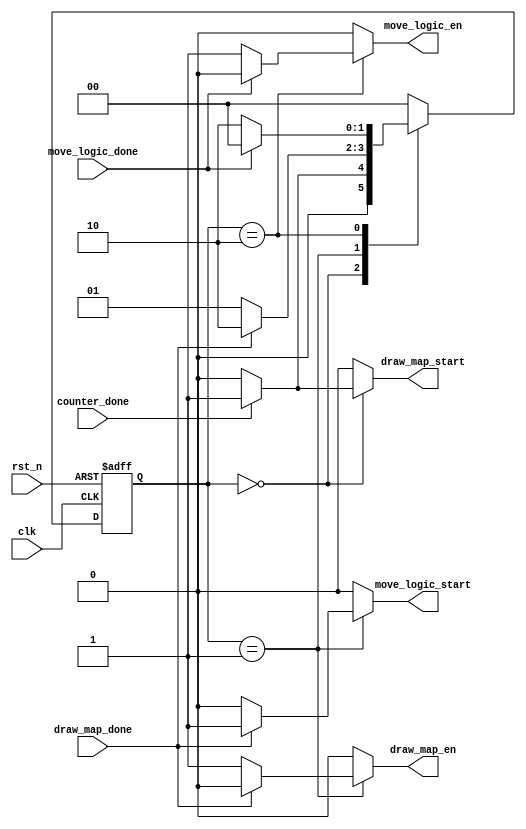
module spu_controller(
		input clk,
		input rst_n,
		input counter_done,
		input draw_map_done,
		input move_logic_done,
		output reg draw_map_start,
		output reg move_logic_start,
		output reg draw_map_en,
		output reg move_logic_en
		);

	localparam IDLE = 2'b00;
	localparam DRAW_MAP = 2'b01;
	localparam DRAW_SPRITE = 2'b10;
	
	reg [1:0] state, nxt_state;
	
	always @ (posedge clk, negedge rst_n)
		if(!rst_n)
			state <= 0;
		else
			state <= nxt_state;
		
	always @ (*) begin
		draw_map_start = 0;
		move_logic_start = 0;
		draw_map_en = 0;
		move_logic_en = 0;
		nxt_state = IDLE;
		
		case(state)
			IDLE : begin
				if(counter_done) begin
					nxt_state = DRAW_MAP;
					draw_map_start = 1;
				end
			end
			DRAW_MAP : begin
				if(draw_map_done) begin
					nxt_state = DRAW_SPRITE;
					move_logic_start = 1;
				end
				else begin
					nxt_state = DRAW_MAP;
					draw_map_en = 1;
				end
			end
			DRAW_SPRITE : begin
				if(move_logic_done) begin
					nxt_state = IDLE;
				end
				else begin
					nxt_state = DRAW_SPRITE;
					move_logic_en = 1;
				end
			end
		endcase
	end			

endmodule